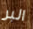
البر